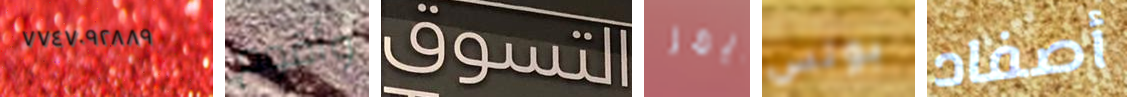
٧٧٤٧٠٩٢٨٨٩ وأقوم التسوق آيمز بونس أصفاد